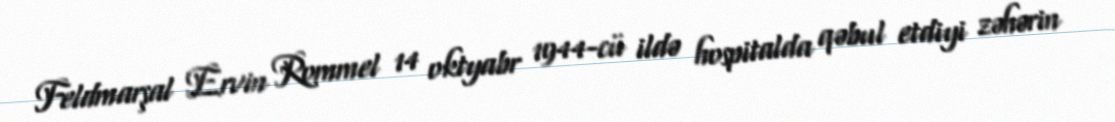
Feldmarşal Ervin Rommel 14 oktyabr 1944-cü ildə hospitalda qəbul etdiyi zəhərin